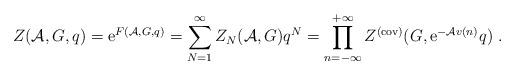
LaTeX: \begin{align*}Z({\cal A},G,q) = {\rm e}^{ F({\cal A},G,q)} =\sum_{N=1}^{\infty} Z_{N}({\cal A},G)q^N =\prod_{n=-\infty}^{+\infty} Z^{(\rm cov)}(G,{\rm e}^{-{\cal A} v(n)} q)~.\end{align*}